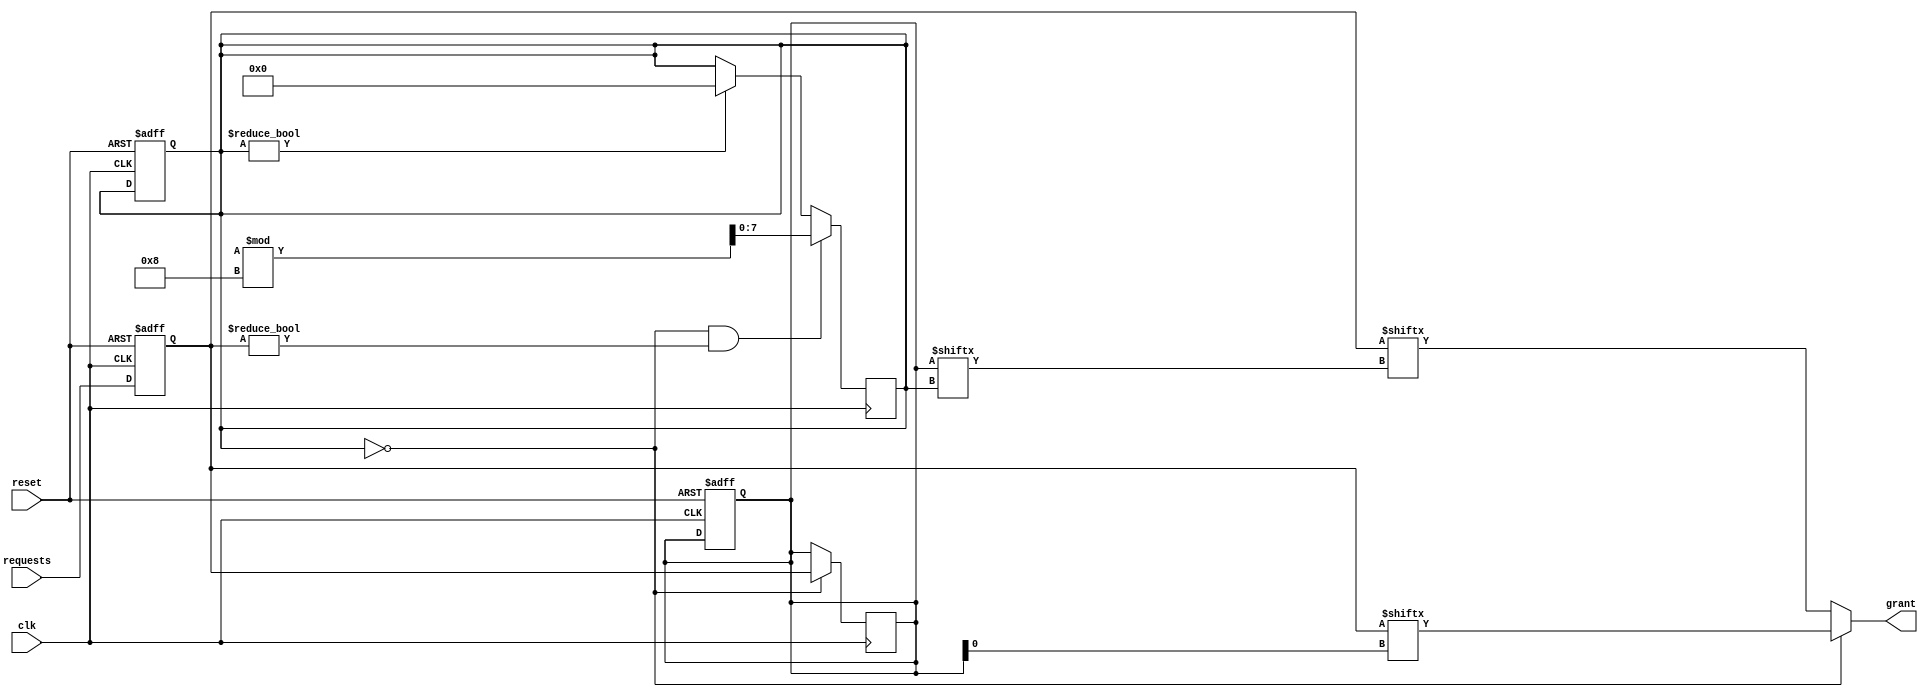
module random_arbiter (
    input wire clk,
    input wire reset,
    input wire [N-1:0] requests,
    output wire grant
);

parameter N = 8; // Number of input requests

reg [N-1:0] synchronized_requests;
reg [N-1:0] grant_order;
reg [N-1:0] request_order;

always @(posedge clk or posedge reset) begin
    if (reset) begin
        synchronized_requests <= 0;
        grant_order <= 0;
        request_order <= 0;
    end else begin
        synchronized_requests <= requests;
    end
end

always @(posedge clk) begin
    if (grant_order == 0) begin
        request_order <= synchronized_requests;
    end else begin
        request_order <= {request_order[N-1], request_order[N-1:0]};
    end
end

always @* begin
    if (grant_order == 0) begin
        grant = synchronized_requests[request_order[0]];
    end else begin
        grant = synchronized_requests[request_order[grant_order]];
    end
end

always @(posedge clk) begin
    if (grant_order == 0 && synchronized_requests != 0) begin
        grant_order <= $random % N;
    end else if (grant_order != 0) begin
        grant_order <= 0;
    end
end

endmodule